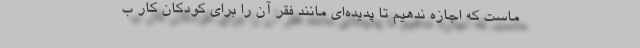
ماست که اجازه ندهیم تا پدیده‌ای مانند فقر آن را برای کودکان کار ب